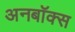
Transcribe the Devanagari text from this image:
अनबॉक्स